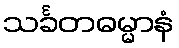
သင်္ခတဓမ္မာနံ